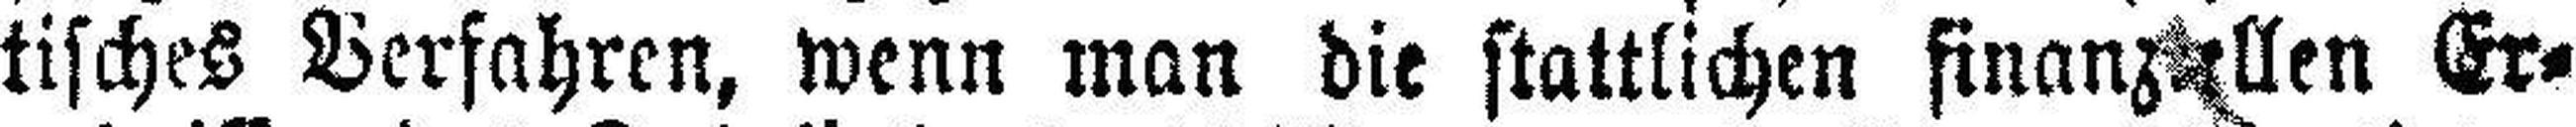
tisches Verfahren, wenn man die stattlichen finanzallen Er¬